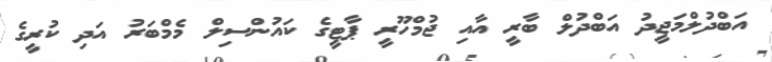
އަބްދުލްމަޖީދު އަބްދުލް ބާރީ އާއި ޖުމްހޫރީ ޕާޓީގެ ކައުންސިލް މެމްބަރު އަދި ކުރީގެ